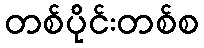
တစ်ပိုင်းတစ်စ